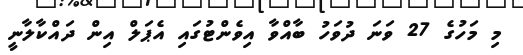
މި މަހުގެ 27 ވަނަ ދުވަހު ބާއްވާ އިވެންޓުގައި އެޕަލް އިން ދައްކާލާނީ